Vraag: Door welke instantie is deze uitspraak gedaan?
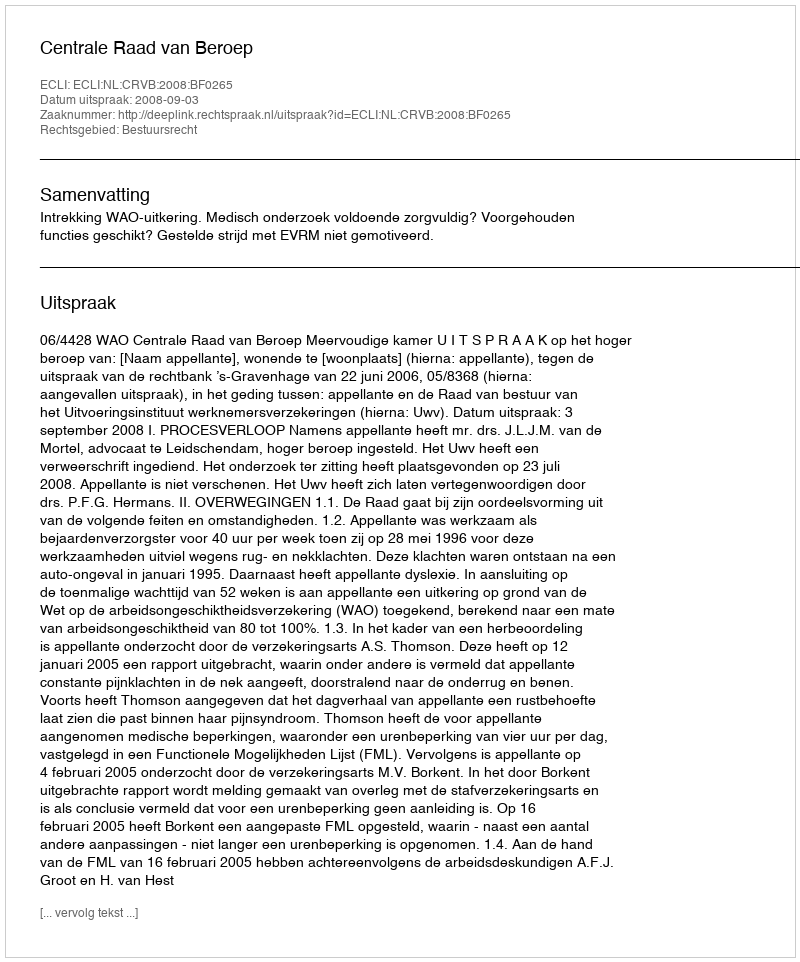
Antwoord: Centrale Raad van Beroep